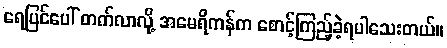
ရေပြင်ပေါ် တက်လာလို့ အမေရိကန်က စောင့်ကြည့်ခဲ့ရပါသေးတယ်။